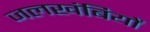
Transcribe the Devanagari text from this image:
जलखंबियों